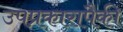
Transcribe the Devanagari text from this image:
उपप्रकारापैकी